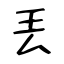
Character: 丟